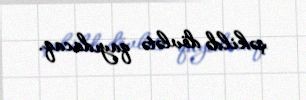
şəkildə dövlətə qayıdacaq.